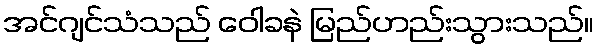
အင်ဂျင်သံသည် ဝေါခနဲ မြည်ဟည်းသွားသည်။